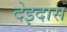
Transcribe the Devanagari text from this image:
देइदास